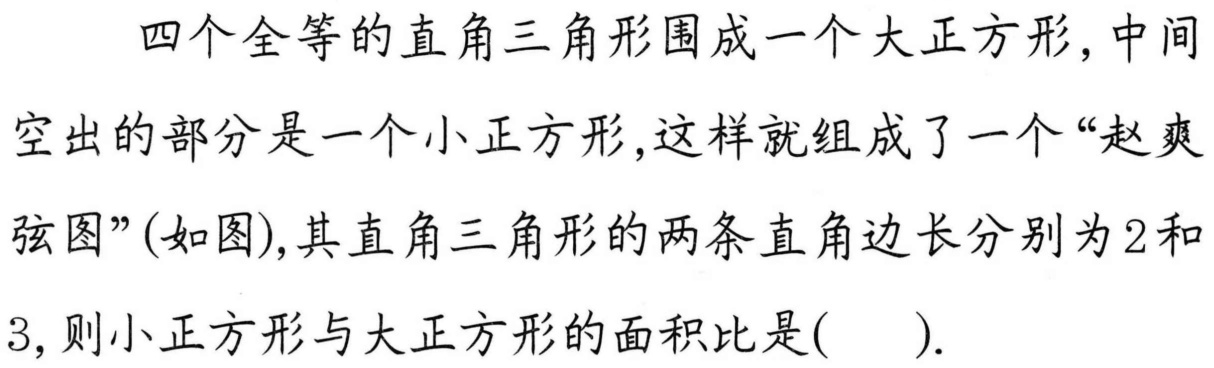
四个全等的直角三角形围成一个大正方形, 中间
空出的部分是一个小正方形, 这样就组成了一个“赵爽
弦图”(如图), 其直角三角形的两条直角边长分别为2和
3, 则小正方形与大正方形的面积比是( ).